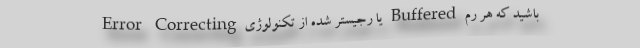
باشید که هر رم Buffered یا رجیستر شده از تکنولوژی Error Correcting